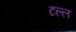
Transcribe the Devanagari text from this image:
टल्ल